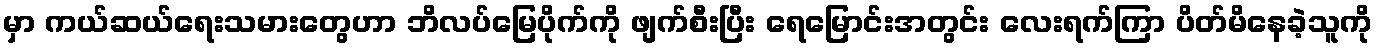
မှာ ကယ်ဆယ်ရေးသမားတွေဟာ ဘိလပ်မြေပိုက်ကို ဖျက်စီးပြီး ရေမြောင်းအတွင်း လေးရက်ကြာ ပိတ်မိနေခဲ့သူကို